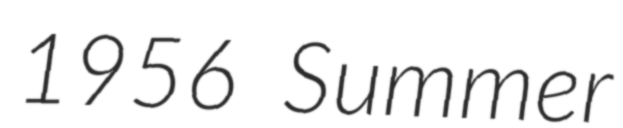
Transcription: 1956 Summer